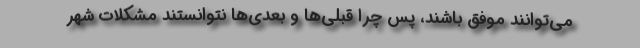
می‌توانند موفق باشند، پس چرا قبلی‌ها و بعدی‌ها نتوانستند مشکلات شهر